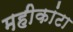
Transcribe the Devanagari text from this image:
महीकांटा